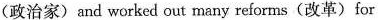
（政治家）and worked out many reforms （改革）for